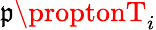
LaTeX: \mathfrak{p}\proptonT_{i}